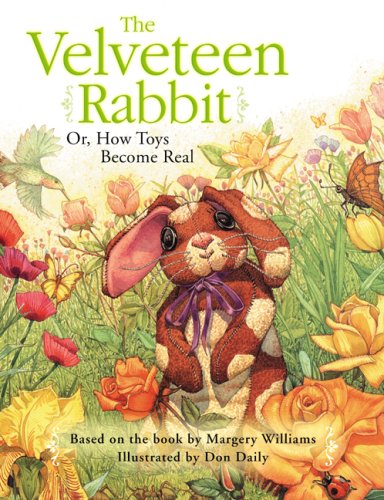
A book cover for The Velveteen Rabbit; Margery Williams; Children's Books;